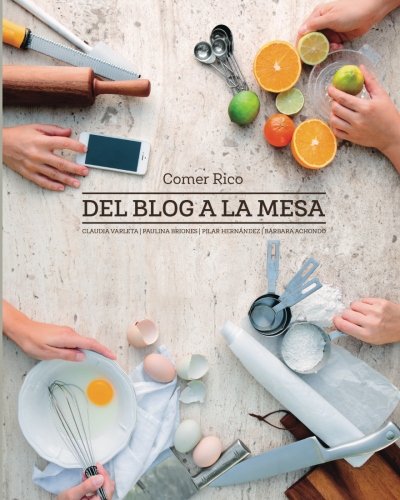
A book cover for Comer Rico: Del Blog a La Mesa (Spanish Edition); Pilar Hernandez; Cookbooks, Food & Wine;